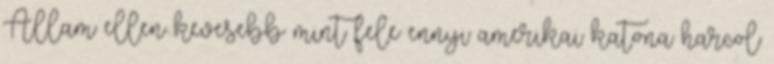
Állam ellen kevesebb mint fele ennyi amerikai katona harcol